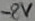
Text: -8V